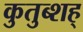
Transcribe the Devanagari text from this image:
कुतुब्शह्